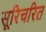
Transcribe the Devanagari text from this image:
सूरिचरित